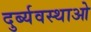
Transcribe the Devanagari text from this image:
दुर्ब्यवस्थाओ